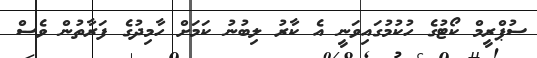
ސުޕްރީމް ކޯޓުގެ ހުކުމުގައިވަނީ އެ ކާރު ލިބުނު ކަމަށް ހާމިދުގެ ފަރާތުން ވެސް